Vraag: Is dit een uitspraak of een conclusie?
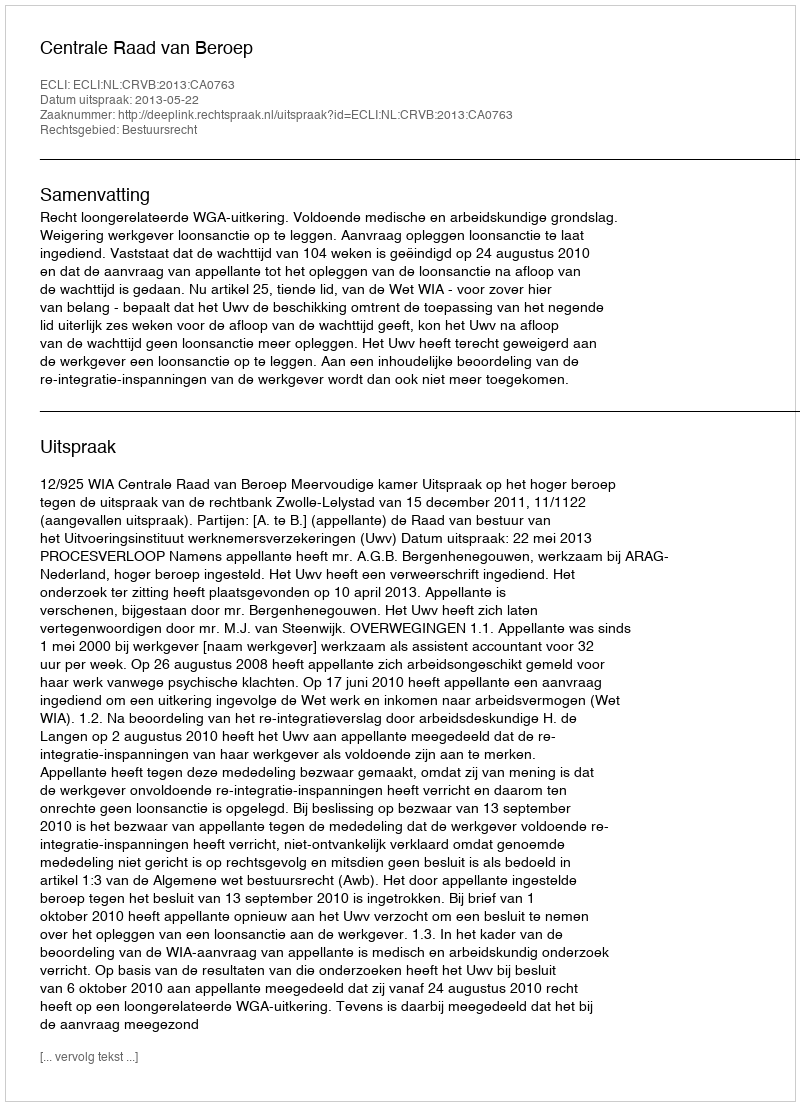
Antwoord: Uitspraak